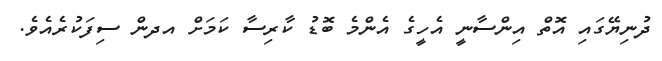
ދުނިޔޭގައި އޮތް އިންސާނީ އެހީގެ އެންމެ ބޮޑު ކާރިސާ ކަމަށް އދން ސިފަކުރެއެވެ.